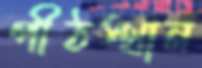
পীঠস্থান